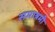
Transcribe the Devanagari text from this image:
समाश्रमी